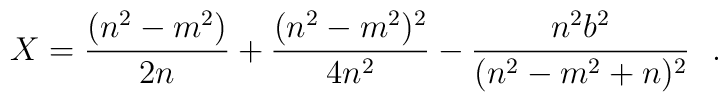
X=\frac{(n^2-m^2)}{2n}+\frac{(n^2-m^2)^2}{4n^2}-\frac{n^2b^2}{(n^2-m^2+n)^2}~~.